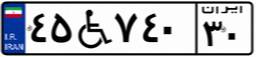
۴۵W۷۴۰۳۰